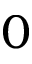
0